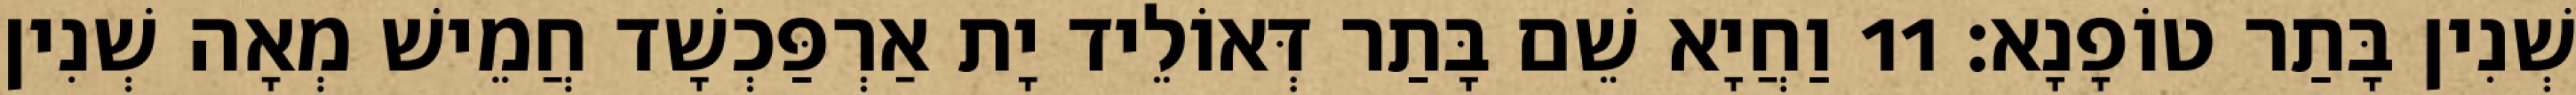
שְׁנִין בָּתַר טוֹפָנָא׃ 11 וַחֲיָא שֵׁם בָּתַר דְּאוֹלֵיד יָת אַרְפַּכְשָׁד חֲמֵישׁ מְאָה שְׁנִין